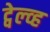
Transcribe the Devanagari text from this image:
ट्वेल्व्ह